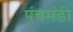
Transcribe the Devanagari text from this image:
पंचमंडी